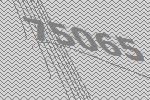
75065